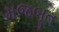
મજબૂત